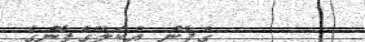
ގެފާނު އެކަލޭގެފާނުގެ